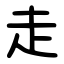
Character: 走